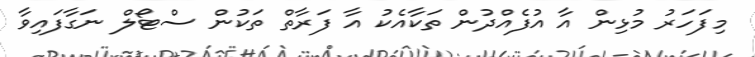
މިފަހަރު މުޅިން އާ އުފެއްދުން ތަކާއެކު އާ ފަރާތް ތަކުން ސްޓޯލް ނަގާފައިވާ